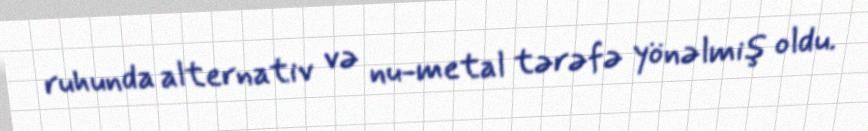
ruhunda alternativ və nu-metal tərəfə yönəlmiş oldu.